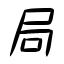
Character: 局